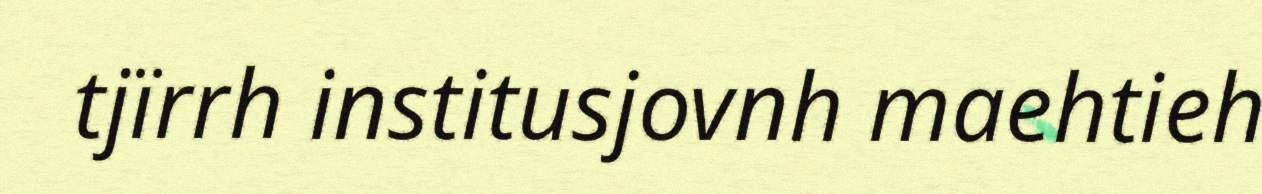
tjïrrh institusjovnh maehtieh